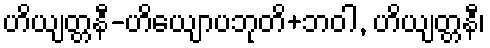
ဟိယျတ္တနီ-ဟိယျောပဘုတိ+ဘဝါ, ဟိယျတ္တနီ၊